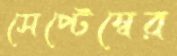
সেপ্টেম্বের